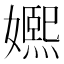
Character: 㜯